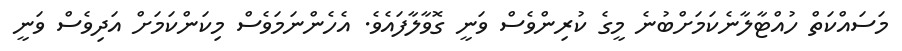
މަސައްކަތް ހުއްޓާލާނެކަމަށްބުނެ މީގެ ކުރިންވެސް ވަނީ ގޮވާލާފައެވެ. އެހެންނަމަވެސް މިކަންކަމަށް އަދިވެސް ވަނީ